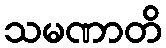
သမဏာတိ